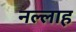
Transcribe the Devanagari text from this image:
नल्‍लाह